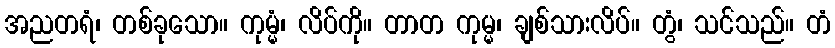
အညတရံ၊ တစ်ခုသော။ ကုမ္မံ၊ လိပ်ကို။ တာတ ကုမ္မ၊ ချစ်သားလိပ်။ တွံ၊ သင်သည်။ တံ